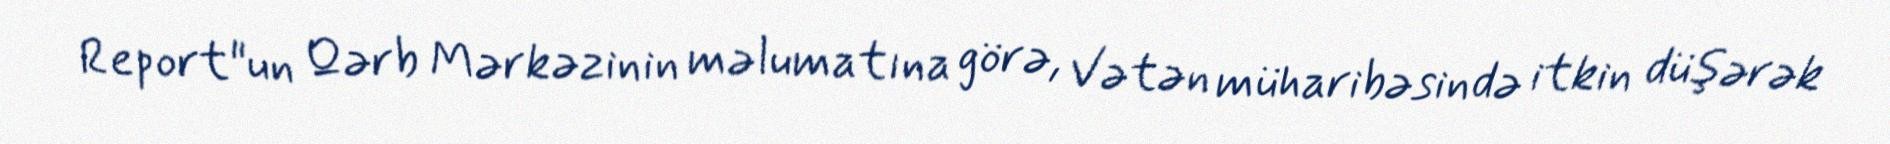
Report"un Qərb Mərkəzinin məlumatına görə, Vətən müharibəsində itkin düşərək